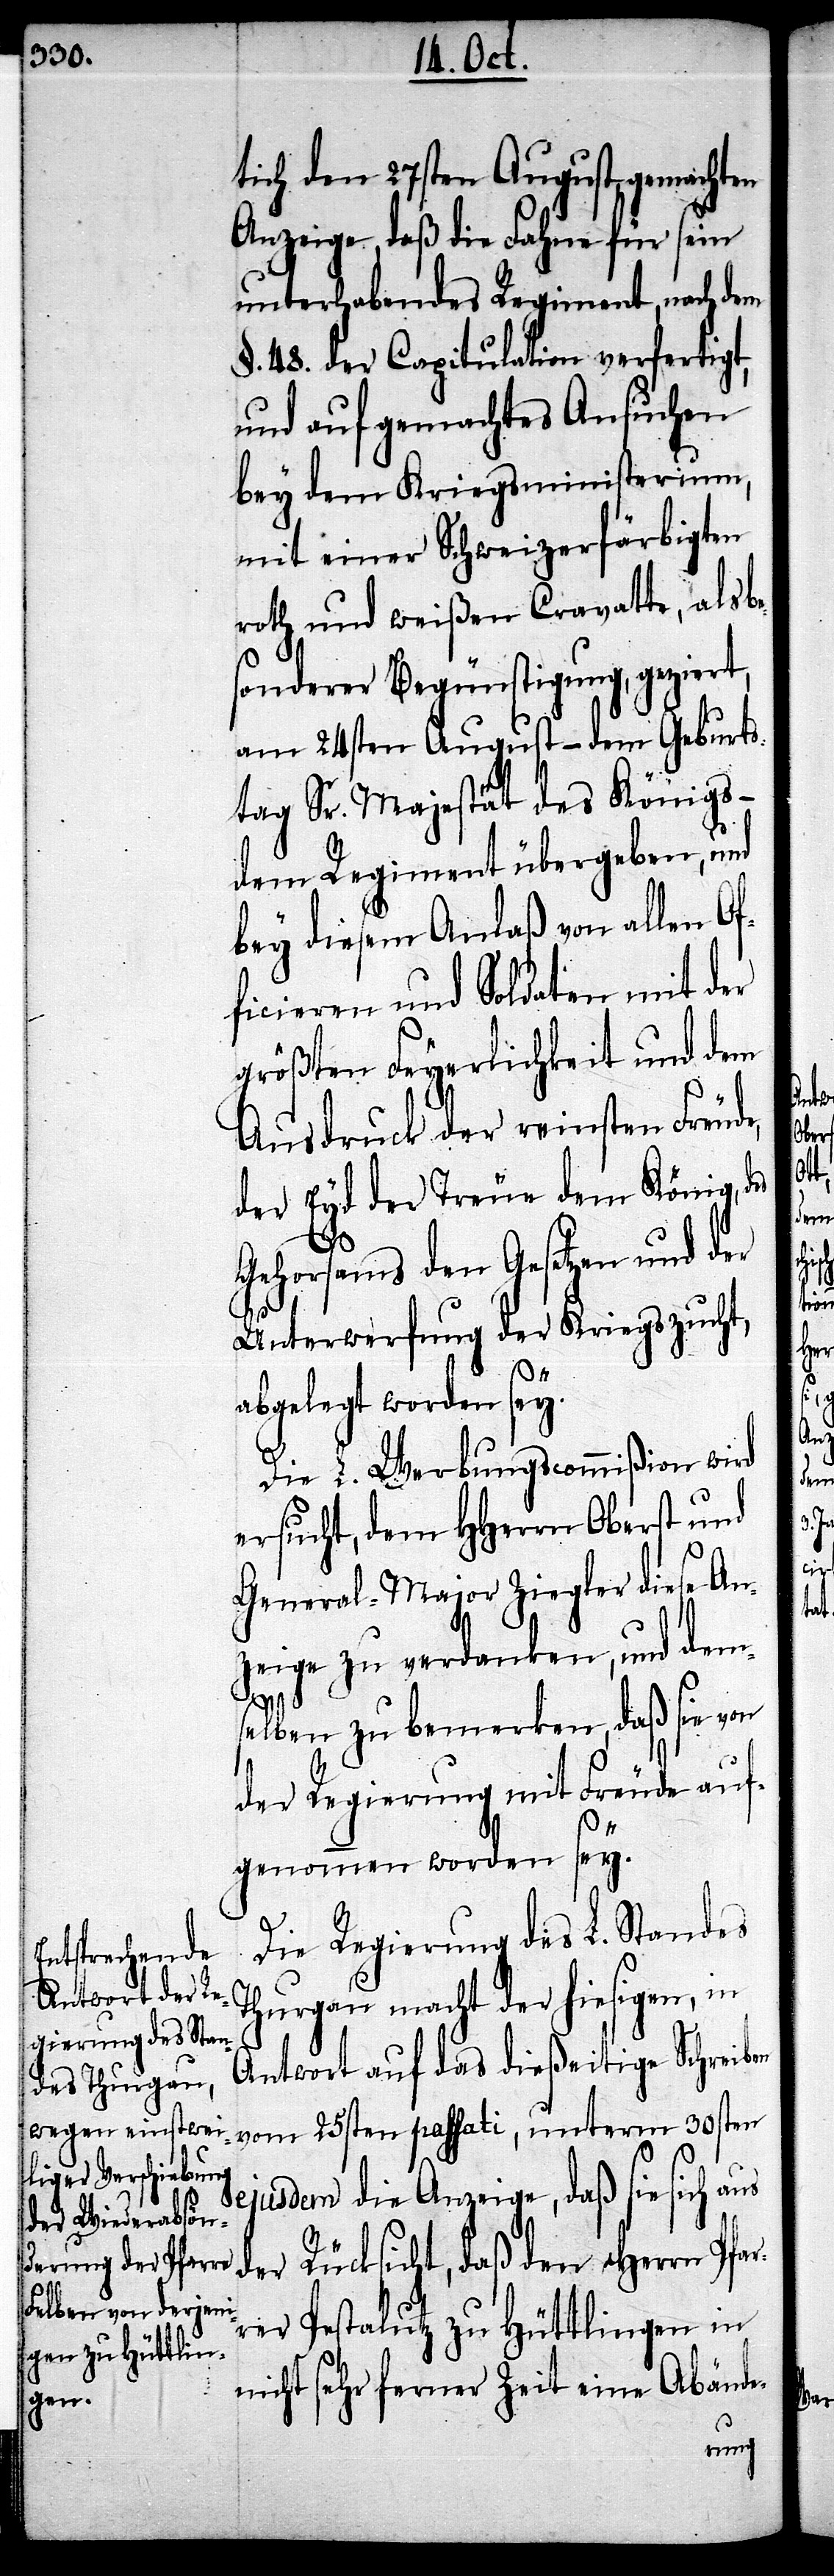
tich den 27sten August gemachten
Anzeige, daß die Fahne für sein
unterhabendes Regiment, nach dem
§. 48. der Capitulation verfertigt,
und auf gemachtes Ansuchen
bey dem Kriegsministerium,
mit einer Schweizerfärbigten
roth und weißen Cravatte, also
sonderer Begünstigung, geziert,
am 24sten August- dem Geburts¬
tag Sr. Majestät des Königs
dem Regiment übergeben, und
bey diesem Anlaß von allen Of¬
ficieren und Soldaten mit der
größten Feyerlichkeit und dem
Ausdruck der reinsten Freude,
der Eyd der Treue dem König, des
Gehorsams den Gesetzen und der
Unterwerfung der Kriegszucht,
abgelegt worden sey.
Die L. Werbungscommißion wird
ersucht, dem HHerrn Oberst und
General-Major Ziegler diese An¬
zeige zu verdanken, und dem¬
selben zu bemerken, daß sie von
der Regierung mit Freude auf¬
genommen worden sey.
Die Regierung des L. Standes
Thurgau macht der hiesigen, in
us
Antwort auf das dießeitige Schreiben
vom 25sten passati, unterm 30sten
ejusdem die Anzeige, daß sie sich a¬
der Rücksicht, daß den Herrn Pfar¬
rer Pestalutz zu Hüttlingen in
nicht sehr ferner Zeit eine Abände-